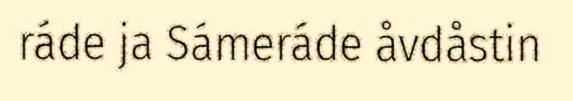
ráde ja Sámeráde åvdåstin